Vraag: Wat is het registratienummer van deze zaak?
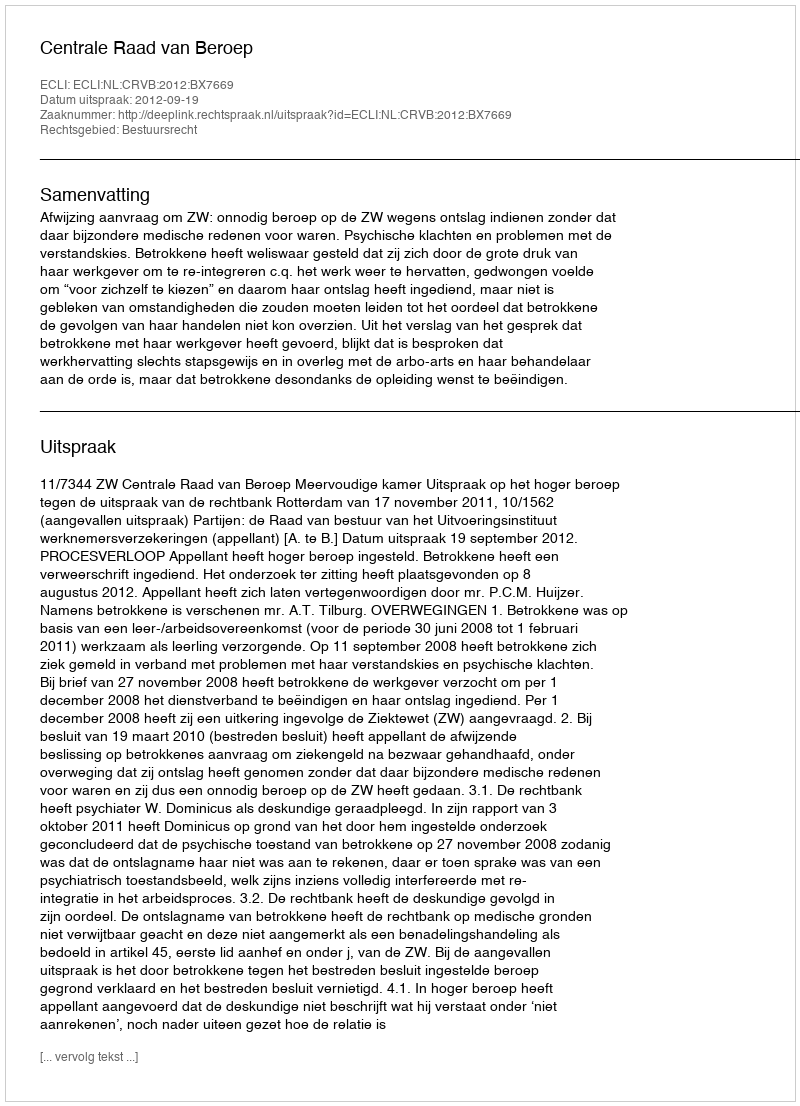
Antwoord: http://deeplink.rechtspraak.nl/uitspraak?id=ECLI:NL:CRVB:2012:BX7669